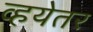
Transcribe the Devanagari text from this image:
व्हयेतर